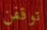
توقفن